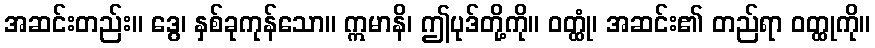
အဆင်းတည်း။ ဒွေ၊ နှစ်ခုကုန်သော။ ဣမာနိ၊ ဤပုဒ်တို့ကို။ ဝတ္ထုံ၊ အဆင်း၏ တည်ရာ ဝတ္ထုကို။